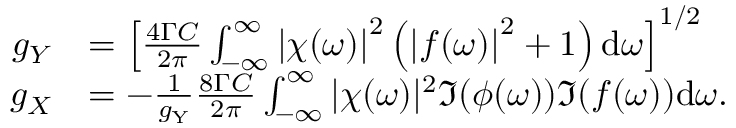
\begin{array} { r l } { g _ { Y } } & { = \left[ \frac { 4 \Gamma C } { 2 \pi } \int _ { - \infty } ^ { \infty } \left| \chi ( \omega ) \right| ^ { 2 } \left( \left| f ( \omega ) \right| ^ { 2 } + 1 \right) \mathrm { d } \omega \right] ^ { 1 / 2 } } \\ { g _ { X } } & { = - \frac { 1 } { g _ { \mathrm { Y } } } \frac { 8 \Gamma C } { 2 \pi } \int _ { - \infty } ^ { \infty } | \chi ( \omega ) | ^ { 2 } \Im { ( \phi ( \omega ) ) \Im { ( f ( \omega ) ) } } \mathrm { d } \omega . } \end{array}